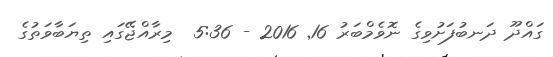
ގައްދޫ ދަނބުފަށުވިގެ ނޮވެމްބަރު 16